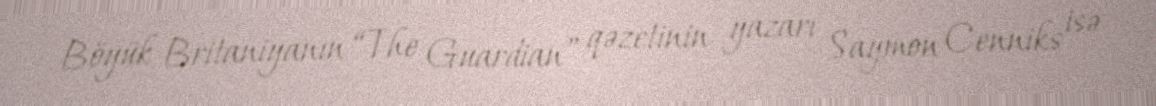
Böyük Britaniyanın “The Guardian” qəzetinin yazarı Saymon Cenniks isə